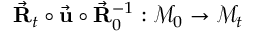
\vec { \bf R } _ { t } \circ \vec { \bf u } \circ \vec { \bf R } _ { 0 } ^ { - 1 } : \mathcal { M } _ { 0 } \rightarrow \mathcal { M } _ { t }